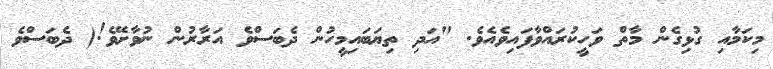
މިކަމާއި ގުޅިގެން މާތް ވަހީކުރައްވާފައިވެއެވެ. "އަދި ތިޔަބައިމީހުން ދެބަސްވެ އަރާރުން ނުވާށޭވެ!( ދެބަސްވެ